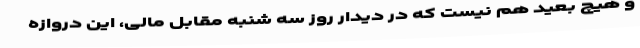
و هیچ بعید هم نیست که در دیدار روز سه شنبه مقابل مالی، این دروازه